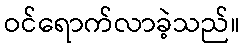
ဝင်ရောက်လာခဲ့သည်။